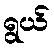
ရွယ်